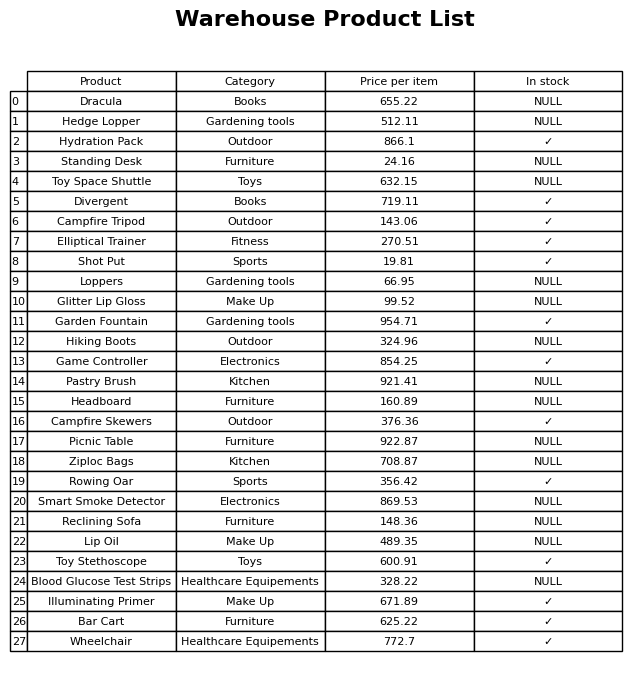
question: What is the price for Picnic Table?
answer: The price of Picnic Table is 922.87.